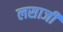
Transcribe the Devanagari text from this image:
लसाजी